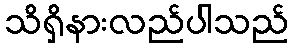
သိရှိနားလည်ပါသည်